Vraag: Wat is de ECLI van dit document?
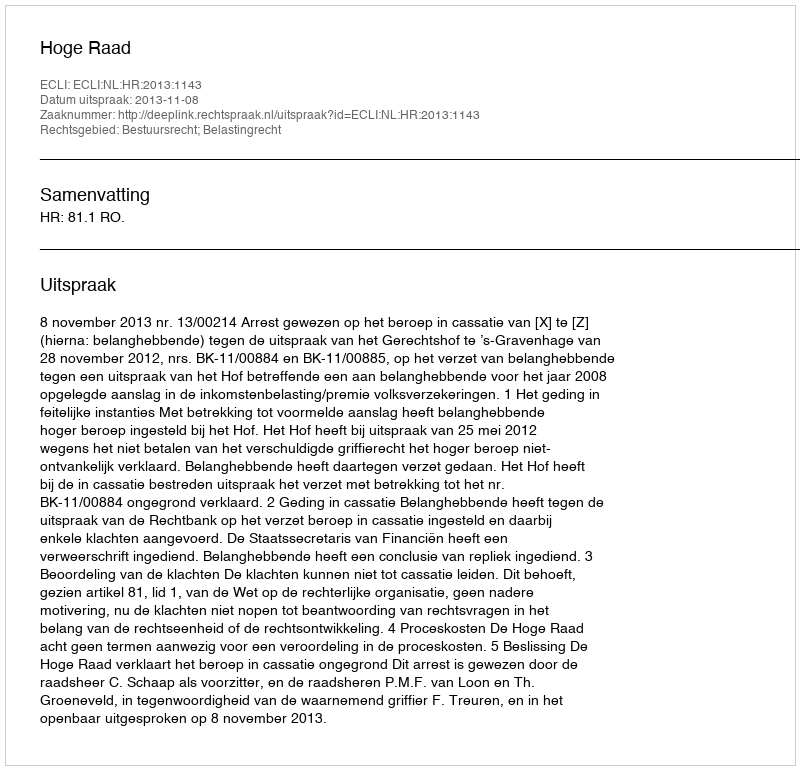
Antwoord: ECLI:NL:HR:2013:1143